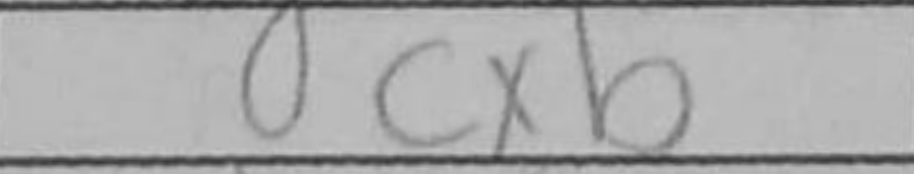
Transcription: cxb